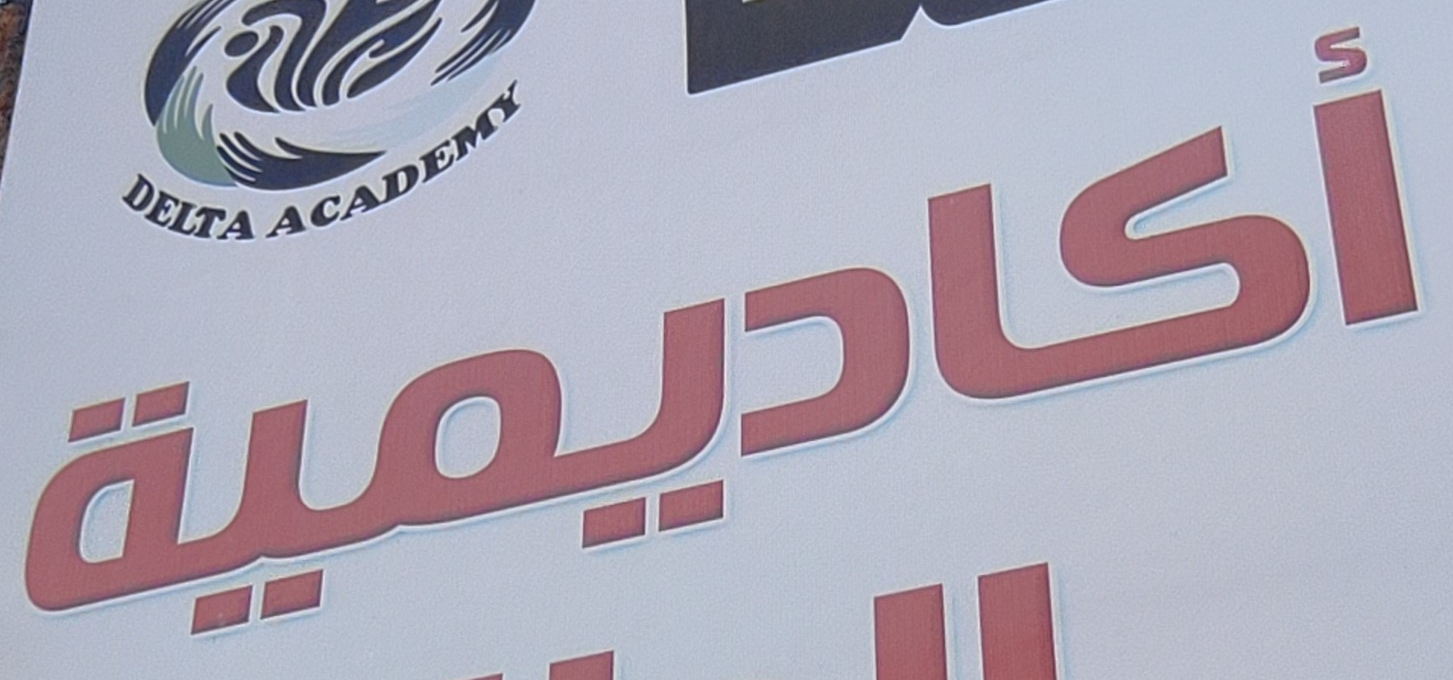
أكاديمية